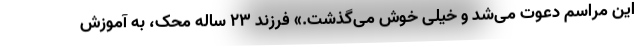
این مراسم دعوت می‌شد و خیلی خوش می‌گذشت.» فرزند 23 ساله محک، به آموزش